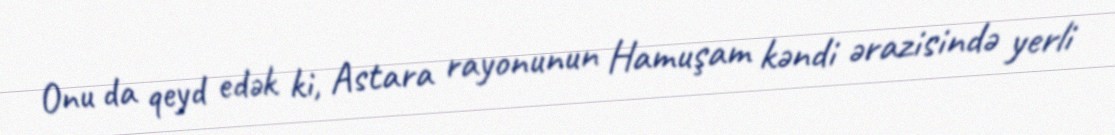
Onu da qeyd edək ki, Astara rayonunun Hamuşam kəndi ərazisində yerli